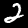
Label: 2